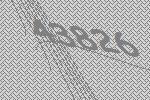
43826